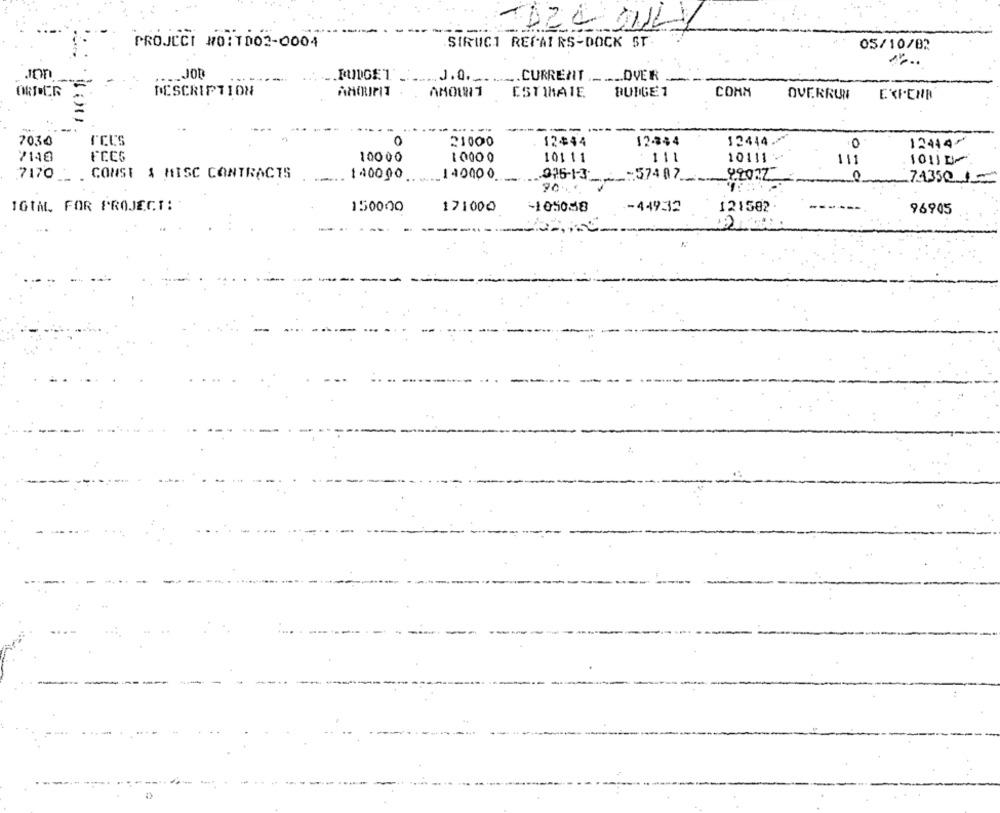
PROJECT NO:1002-0004
SIRUCI REPAIRS-DOCK ST-
05/10/82
JOB
RUNGET.
J.O.CURRENTOVER
ORDER
DESCRIPTION
AMOUPIT
AMOUNT
ESTIMATE
BURGE 1
сомМ
OVERRUN
EXTEND
7030
21000
12$44
12244
12444.
0
12444-
7148
FCC6
10000
10000
101 11
111
10111
111
10111
7170 _ CONST & MISC CONTRACTS
140000
140000
976-1-3
:57407
99022
.0
743501
TOIM. FOR PROJECT:
150000
171000
-1050.58
-44932
121582
96905